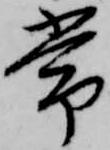
常